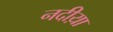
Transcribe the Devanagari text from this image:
नदीय़ा